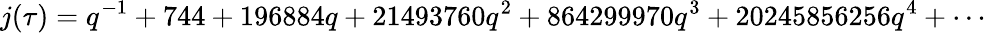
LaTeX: j(\tau)=q^{-1}+744+196884q+21493760q^{2}+864299970q^{3}+20245856256q^{4}+\cdots